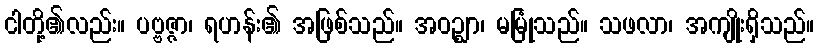
ငါတို့၏လည်း။ ပဗ္ဗဇ္ဇာ၊ ရဟန်း၏ အဖြစ်သည်။ အဝဉ္ဈာ၊ မမြုံသည်။ သဖလာ၊ အကျိုးရှိသည်။